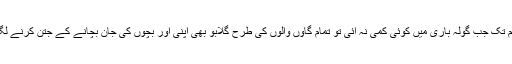
شام تک جب گولہ باری میں کوئی کمی نہ آئی تو تمام گاؤں والوں کی طرح گلابو بھی اپنی اور بچوں کی جان بچانے کے جتن کرنے لگی۔